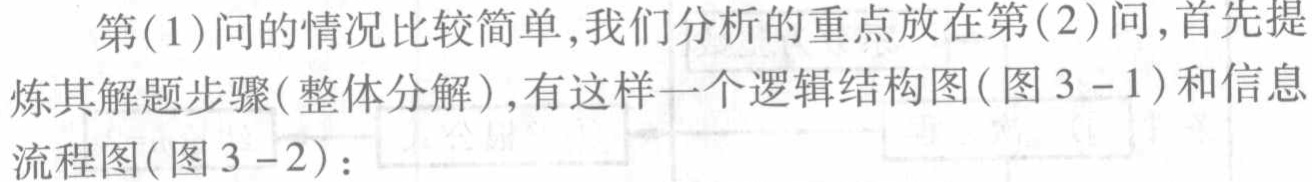
第(1)问的情况比较简单,我们分析的重点放在第(2)问,首先提炼其解题步骤(整体分解),有这样一个逻辑结构图(图 3 - 1)和信息流程图(图 3 - 2)：